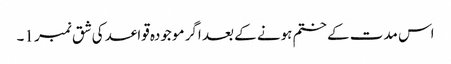
اس مدت کے ختم ہونے کے بعد اگر موجودہ قواعد کی شق نمبر 1۔